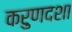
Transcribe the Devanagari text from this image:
करुणदशा